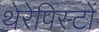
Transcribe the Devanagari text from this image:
थेरेपिस्टों